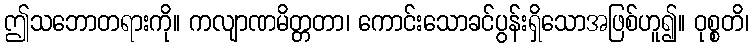
ဤသဘောတရားကို။ ကလျာဏမိတ္တတာ၊ ကောင်းသောခင်ပွန်းရှိသောအဖြစ်ဟူ၍။ ဝုစ္စတိ၊